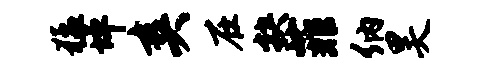
猛坪爽在抉菲纳昊